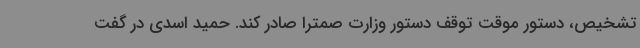
تشخیص، دستور موقت توقف دستور وزارت صمترا صادر کند. حمید اسدی در گفت